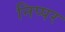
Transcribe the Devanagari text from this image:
निप्पर